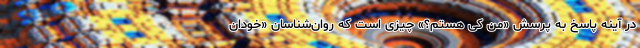
در آینه پاسخ به پرسش «من کی هستم؟» چیزی است که روان‌شناسان «خودان